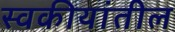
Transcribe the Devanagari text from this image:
स्वकीयांतील